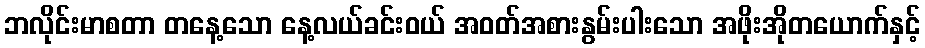
ဘလိုင်းမာစတာ တနေ့သော နေ့လယ်ခင်းဝယ် အဝတ်အစားနွမ်းပါးသော အဖိုးအိုတယောက်နှင့်